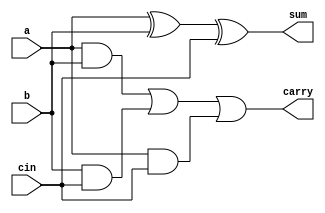
`timescale 1ns/1ps

// 1 bit adder
module ADD_1(sum, carry, a,b, cin);

    input signed a,b, cin;
    output signed sum;
    output carry;

    wire p1, p2, p3, p4, p5;

    //SUM
    xor xg1(sum, a, b, cin);

    //CARRY
    and ag1(p2, a, b);
    and ag2(p3, b, cin);
    and ag3(p4, a, cin);

    or og1(carry, p2, p3, p4);
    
endmodule